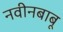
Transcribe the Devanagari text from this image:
नवीनबाबू